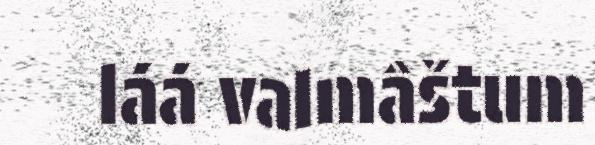
láá valmâštum